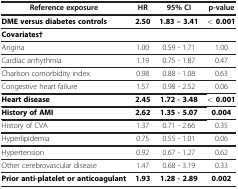
<table><thead><tr><td><b>Reference exposure</b></td><td><b>HR</b></td><td><b>95% CI</b></td><td><b>p-value</b></td></tr></thead><tbody><tr><td><b>DME versus diabetes controls</b></td><td><b>2.50</b></td><td><b>1.83 – 3.41</b></td><td><b>&lt; 0.001</b></td></tr><tr><td><b>Covariates†</b></td><td> </td><td> </td><td> </td></tr><tr><td>Angina</td><td>1.00</td><td>0.59 - 1.71</td><td>1.00</td></tr><tr><td>Cardiac arrhythmia</td><td>1.19</td><td>0.75 - 1.87</td><td>0.47</td></tr><tr><td>Charlson comorbidity index</td><td>0.98</td><td>0.88 - 1.08</td><td>0.63</td></tr><tr><td>Congestive heart failure</td><td>1.57</td><td>0.98 - 2.52</td><td>0.06</td></tr><tr><td><b>Heart disease</b></td><td><b>2.45</b></td><td><b>1.72 - 3.48</b></td><td><b>&lt; 0.001</b></td></tr><tr><td><b>History of AMI</b></td><td><b>2.62</b></td><td><b>1.35 - 5.07</b></td><td><b>0.004</b></td></tr><tr><td>History of CVA</td><td>1.37</td><td>0.71 - 2.66</td><td>0.35</td></tr><tr><td>Hyperlipidemia</td><td>0.75</td><td>0.55 - 1.01</td><td>0.06</td></tr><tr><td>Hypertension</td><td>0.92</td><td>0.67 - 1.27</td><td>0.62</td></tr><tr><td>Other cerebrovascular disease</td><td>1.47</td><td>0.68 - 3.19</td><td>0.33</td></tr><tr><td><b>Prior anti-platelet or anticoagulant</b></td><td><b>1.93</b></td><td><b>1.28 - 2.89</b></td><td><b>0.002</b></td></tr></tbody></table>